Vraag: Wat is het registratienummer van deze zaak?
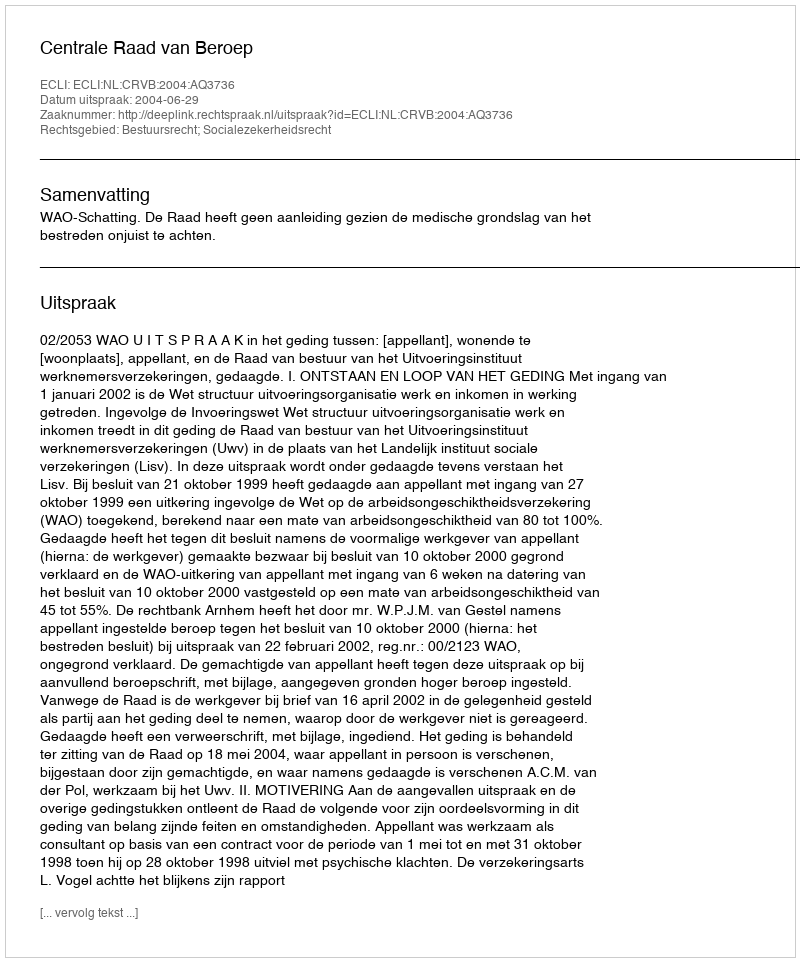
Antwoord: http://deeplink.rechtspraak.nl/uitspraak?id=ECLI:NL:CRVB:2004:AQ3736